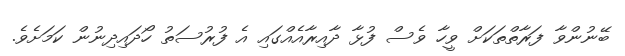
ބޭނުންވާ ފަރާތްތަކަށް ވީހާ ވެސް ފުޅާ ދާއިރާއެއްގައި އެ ފުރުސަތު ހޯދައިދިނުން ކަމަށެވެ.